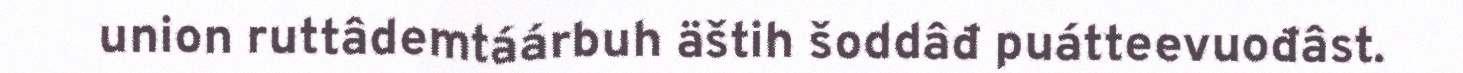
union ruttâdemtáárbuh äštih šoddâđ puátteevuođâst.